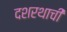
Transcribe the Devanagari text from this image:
दशरथाची